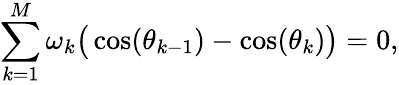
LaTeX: \sum_{k=1}^{M}\omega_{k}\big(\cos(\theta_{k-1})-\cos(\theta_{k})\big)=0,